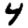
Digit: 4